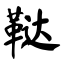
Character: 鞑